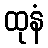
ထုနံ